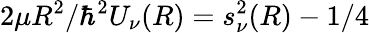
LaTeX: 2\mu R^{2}/\hbar^{2}U_{\nu}(R)=s_{\nu}^{2}(R)-1/4